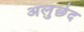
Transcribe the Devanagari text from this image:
अलुछेद